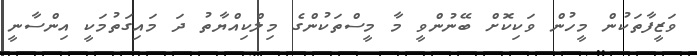
ވަޒީފާތަކުން މީހުން ވަކިކޮށް ބޭނުންވީ މާ މީސްތަކުންގެ މިލްކިއްޔާތު ދަ މައިގަތުމަކީ އިންސާނީ